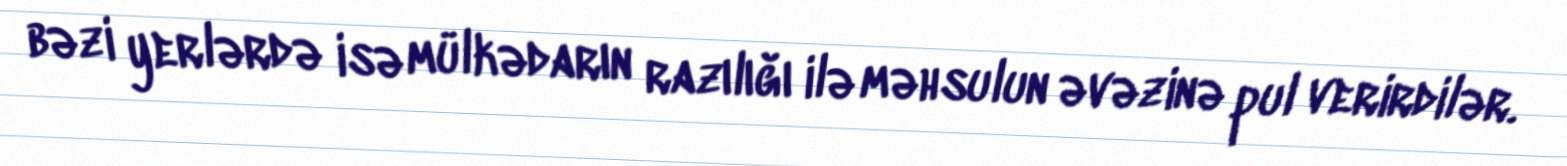
bəzi yerlərdə isə mülkədarın razılığı ilə məhsulun əvəzinə pul verirdilər.